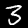
Label: 3